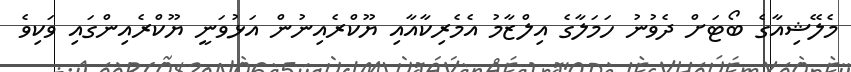
މެލޭޝިއާގެ ބޯޓަށް ދެވުނު ހަމަލާގެ އިލްޒާމު އެމެރިކާއާއި ޔޫކްރެއިނުން އަޅުވަނީ ޔޫކްރެއިންގައި ވަކިވެ